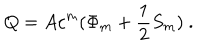
Q = A c ^ { m } ( \Phi _ { m } + \frac { 1 } { 2 } S _ { m } ) ~ .